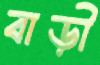
বাড়ী